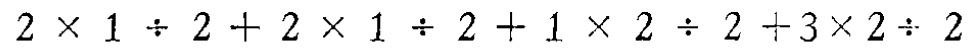
$2\times 1\div 2+2\times 1\div 2+1\times 2\div 2+3\times 2\div 2$